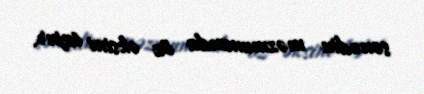
sənədin məzmununda öz əksini tapır.